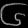
Digit: ၆